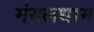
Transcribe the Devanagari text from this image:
मंगलधाम